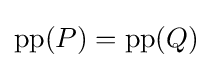
\operatorname {pp} (P)=\operatorname {pp} (Q)